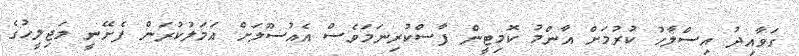
ގަވާއިދު އިސްލާހު ކުރުމަށް އާންމު ކޮމިޓީން ފާސްކުރިނަމަވެސް އެއުސޫލަށް އަމަލުކުރަން ފެށޭނީ މަޖިލީހުގެ